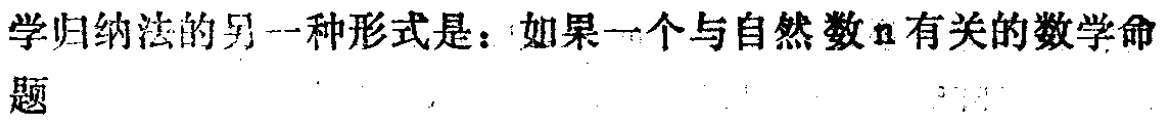
学归纳法的另一种形式是：如果一个与自然数\(n\)有关的数学命题